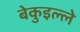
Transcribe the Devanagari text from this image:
बेकुइल्ले